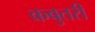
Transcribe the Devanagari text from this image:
कबुतरी